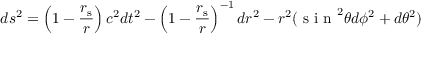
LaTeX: d s ^ { 2 } = \left( 1 - { \frac { r _ { \mathrm { { s } } } } { r } } \right) c ^ { 2 } d t ^ { 2 } - \left( 1 - { \frac { r _ { \mathrm { { s } } } } { r } } \right) ^ { - 1 } d r ^ { 2 } - r ^ { 2 } ( { \textrm { s i n } } ^ { 2 } \theta d \phi ^ { 2 } + d \theta ^ { 2 } )